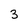
Character: 3